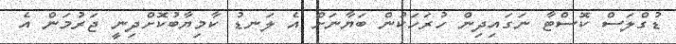
ޑުގްލަސް ކޮސްޓާ ނަގައިދިން ހުރަހަކުން ބަޔާނަށް އެ ލަނޑު ކާމިޔާބުކޮށްދިނީ ޖަރުމަން އެ